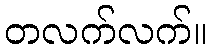
တလက်လက်။